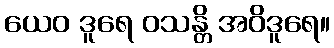
ယေဝ ဒူရေ ဝသန္တိ အဝိဒူရေ။